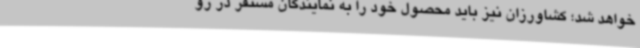
خواهد شد؛ کشاورزان نیز باید محصول خود را به نمایندگان مستقر در رو